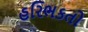
હરિભકતો